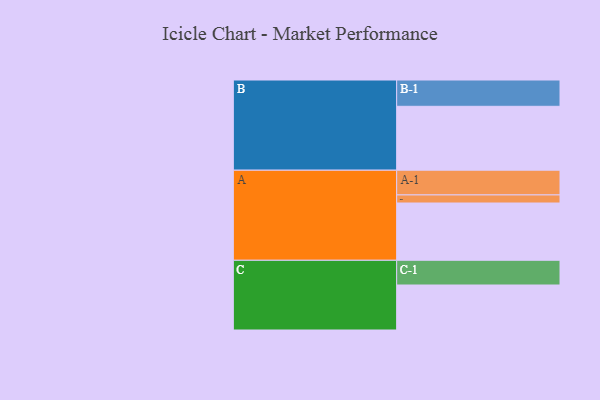
{"axis": {"x": "Segment", "y": "Value"}, "legend": ["", "A", "B", "C"], "data": [{"x": "A", "y": 503, "type": ""}, {"x": "B", "y": 561, "type": ""}, {"x": "C", "y": 395, "type": ""}, {"x": "A-1", "y": 217, "type": "A"}, {"x": "A-2", "y": 71, "type": "A"}, {"x": "B-1", "y": 231, "type": "B"}, {"x": "C-1", "y": 217, "type": "C"}]}